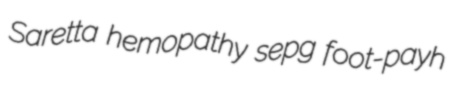
Saretta hemopathy sepg foot-payh